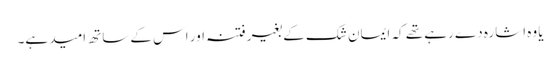
یا وہ اشارہ دے رہے تھے کہ ایمان شک کے بغیر فتنہ اور اس کے ساتھ امید ہے۔